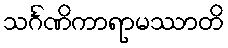
သင်္ဂဏိကာရာမဿာတိ